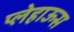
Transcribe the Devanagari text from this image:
प्लेहाऊस